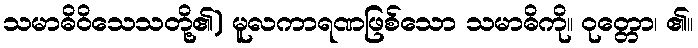
သမာဓိဝိသေသတို့၏) မူလကာရဏဖြစ်သော သမာဓိကို။ ဝုတ္တော၊ ၏။